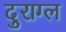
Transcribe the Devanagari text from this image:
दुराग्ल